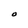
Character: O